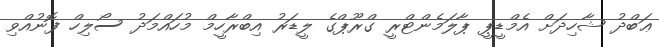
ޢަބްދު ޝާހިދަށް އެމްޑީޕީ ޕާލަމެންޓްރީ ގްރޫޕްގެ ލީޑަރު އިބްރާހީމް މުހައްމަދު ސޯލިހް ފޮނުއްވި